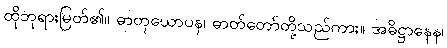
ထိုဘုရားမြတ်၏။ ဓာတုယောပန၊ ဓာတ်တော်တို့သည်ကား။ အဓိဋ္ဌာနေန၊